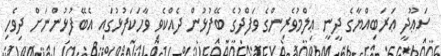
ސަޢޫދީ ޢަރަބިއްޔާގެ ދީނީ ޢިލްމުވެރިންގެ ވަފްދުގެ ބޭފުޅުން ދެއްކެވި ވާހަކަފުޅުގައި އެބޭފުޅުންނަށް ދިވެހި